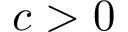
c > 0